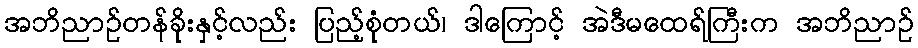
အဘိညာဉ်တန်ခိုးနှင့်လည်း ပြည့်စုံတယ်၊ ဒါကြောင့် အဲဒီမထေရ်ကြီးက အဘိညာဉ်